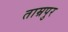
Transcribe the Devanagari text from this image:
ताम्रपुर